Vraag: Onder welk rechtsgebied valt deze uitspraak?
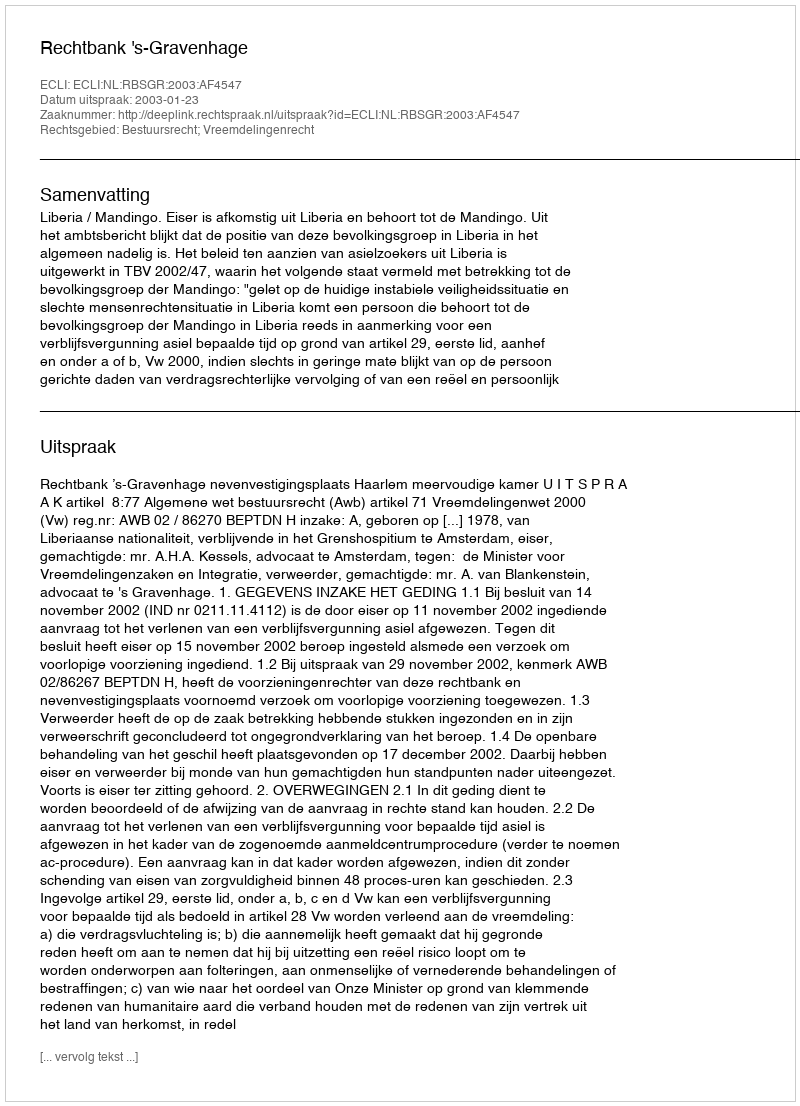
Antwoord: Bestuursrecht; Vreemdelingenrecht